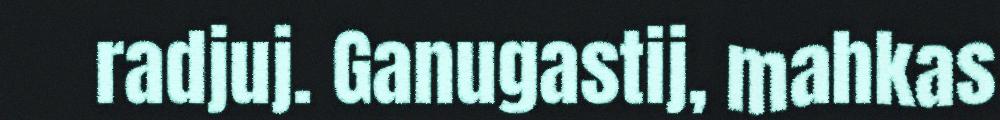
radjuj. Ganugastij, mahkas